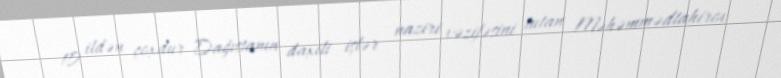
10 ildən çoxdur Dağıstanın daxili işlər naziri vəzifəsini tutan Məhəmmədtahirov